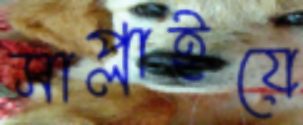
সাপ্লাইয়ে